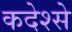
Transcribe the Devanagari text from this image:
कदेश्से